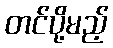
တင်ပို့မည့်